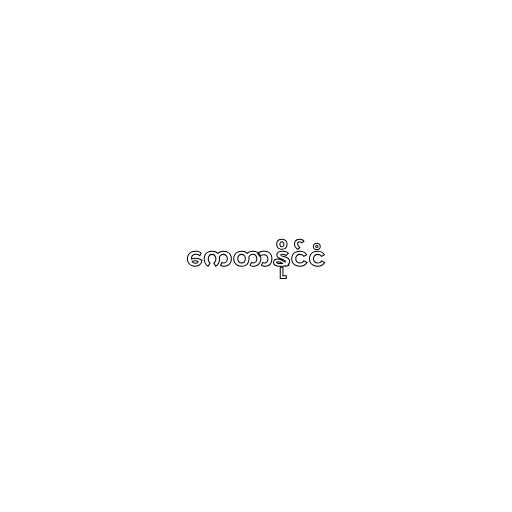
ကေတာနိုင်ငံ